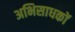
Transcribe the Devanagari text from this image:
अभिसाधकों